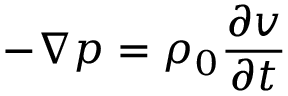
- \boldsymbol { \nabla } p = \rho _ { 0 } \frac { \partial \boldsymbol { v } } { \partial t }